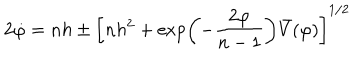
LaTeX: 2 \dot { \varphi } = n h \pm \left[ n h ^ { 2 } + \exp \left( - \frac { 2 \varphi } { n - 1 } \right) \bar { V } ( \varphi ) \right] ^ { 1 / 2 }